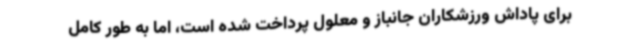
برای پاداش ورزشکاران جانباز و معلول پرداخت شده است، اما به طور کامل